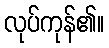
လုပ်ကုန်၏။